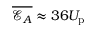
\overline { { \mathcal { E } _ { A } } } \approx 3 6 U _ { \mathrm { p } }